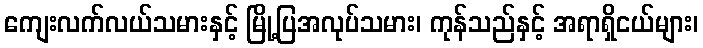
ကျေးလက်လယ်သမားနှင့် မြို့ပြအလုပ်သမား၊ ကုန်သည်နှင့် အရာရှိငယ်များ၊